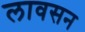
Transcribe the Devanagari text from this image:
लावसन